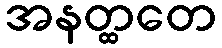
အနတ္ထတေ